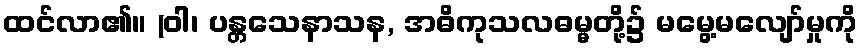
ထင်လာ၏။ (ဝါ၊ ပန္တသေနာသန, အဓိကုသလဓမ္မတို့၌ မမွေ့မလျော်မှုကို